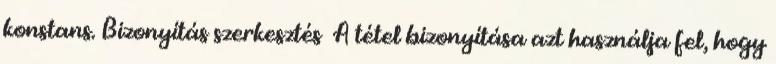
konstans. Bizonyítás szerkesztés A tétel bizonyítása azt használja fel, hogy